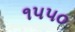
૧૫૫૦